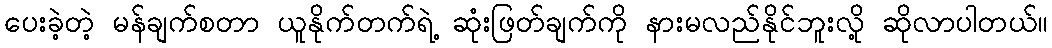
ပေးခဲ့တဲ့ မန်ချက်စတာ ယူနိုက်တက်ရဲ့ ဆုံးဖြတ်ချက်ကို နားမလည်နိုင်ဘူးလို့ ဆိုလာပါတယ်။